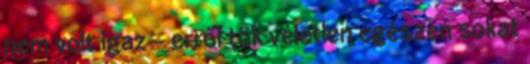
nem volt igaz - erről tök véletlen egészen sokat